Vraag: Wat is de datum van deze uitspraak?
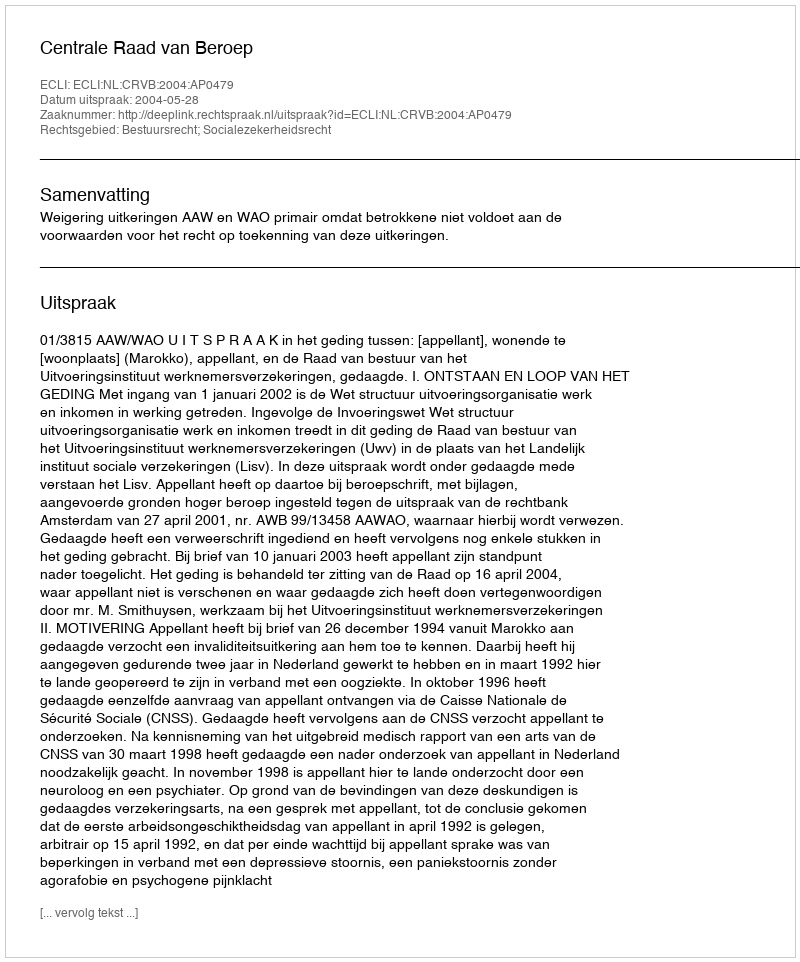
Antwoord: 2004-05-28